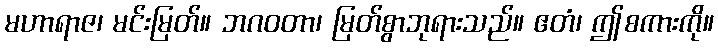
မဟာရာဇ၊ မင်းမြတ်။ ဘဂဝတာ၊ မြတ်စွာဘုရားသည်။ ဧတံ၊ ဤစကားကို။